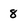
Character: 8